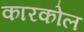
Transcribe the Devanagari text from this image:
कारकोल